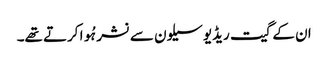
ان کے گیت ریڈیو سیلون سے نشر ہُوا کرتے تھے۔